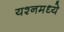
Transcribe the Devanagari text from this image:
यश्नमध्ये